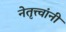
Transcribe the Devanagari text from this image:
नेतृत्त्वांनी